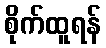
စိုက်ထူရန်